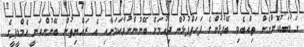
ގަޑުބަޑުކޮށްގެން ތިއްބެވި ބޭފުޅުންގެ ފަހަތްޕުޅުން ދިއުމަށް ބޭނުންނުވާކަމަށާއި އެ ރައްޔިތުން ބޭނުންވަނީ އެމްޑީޕީގެ